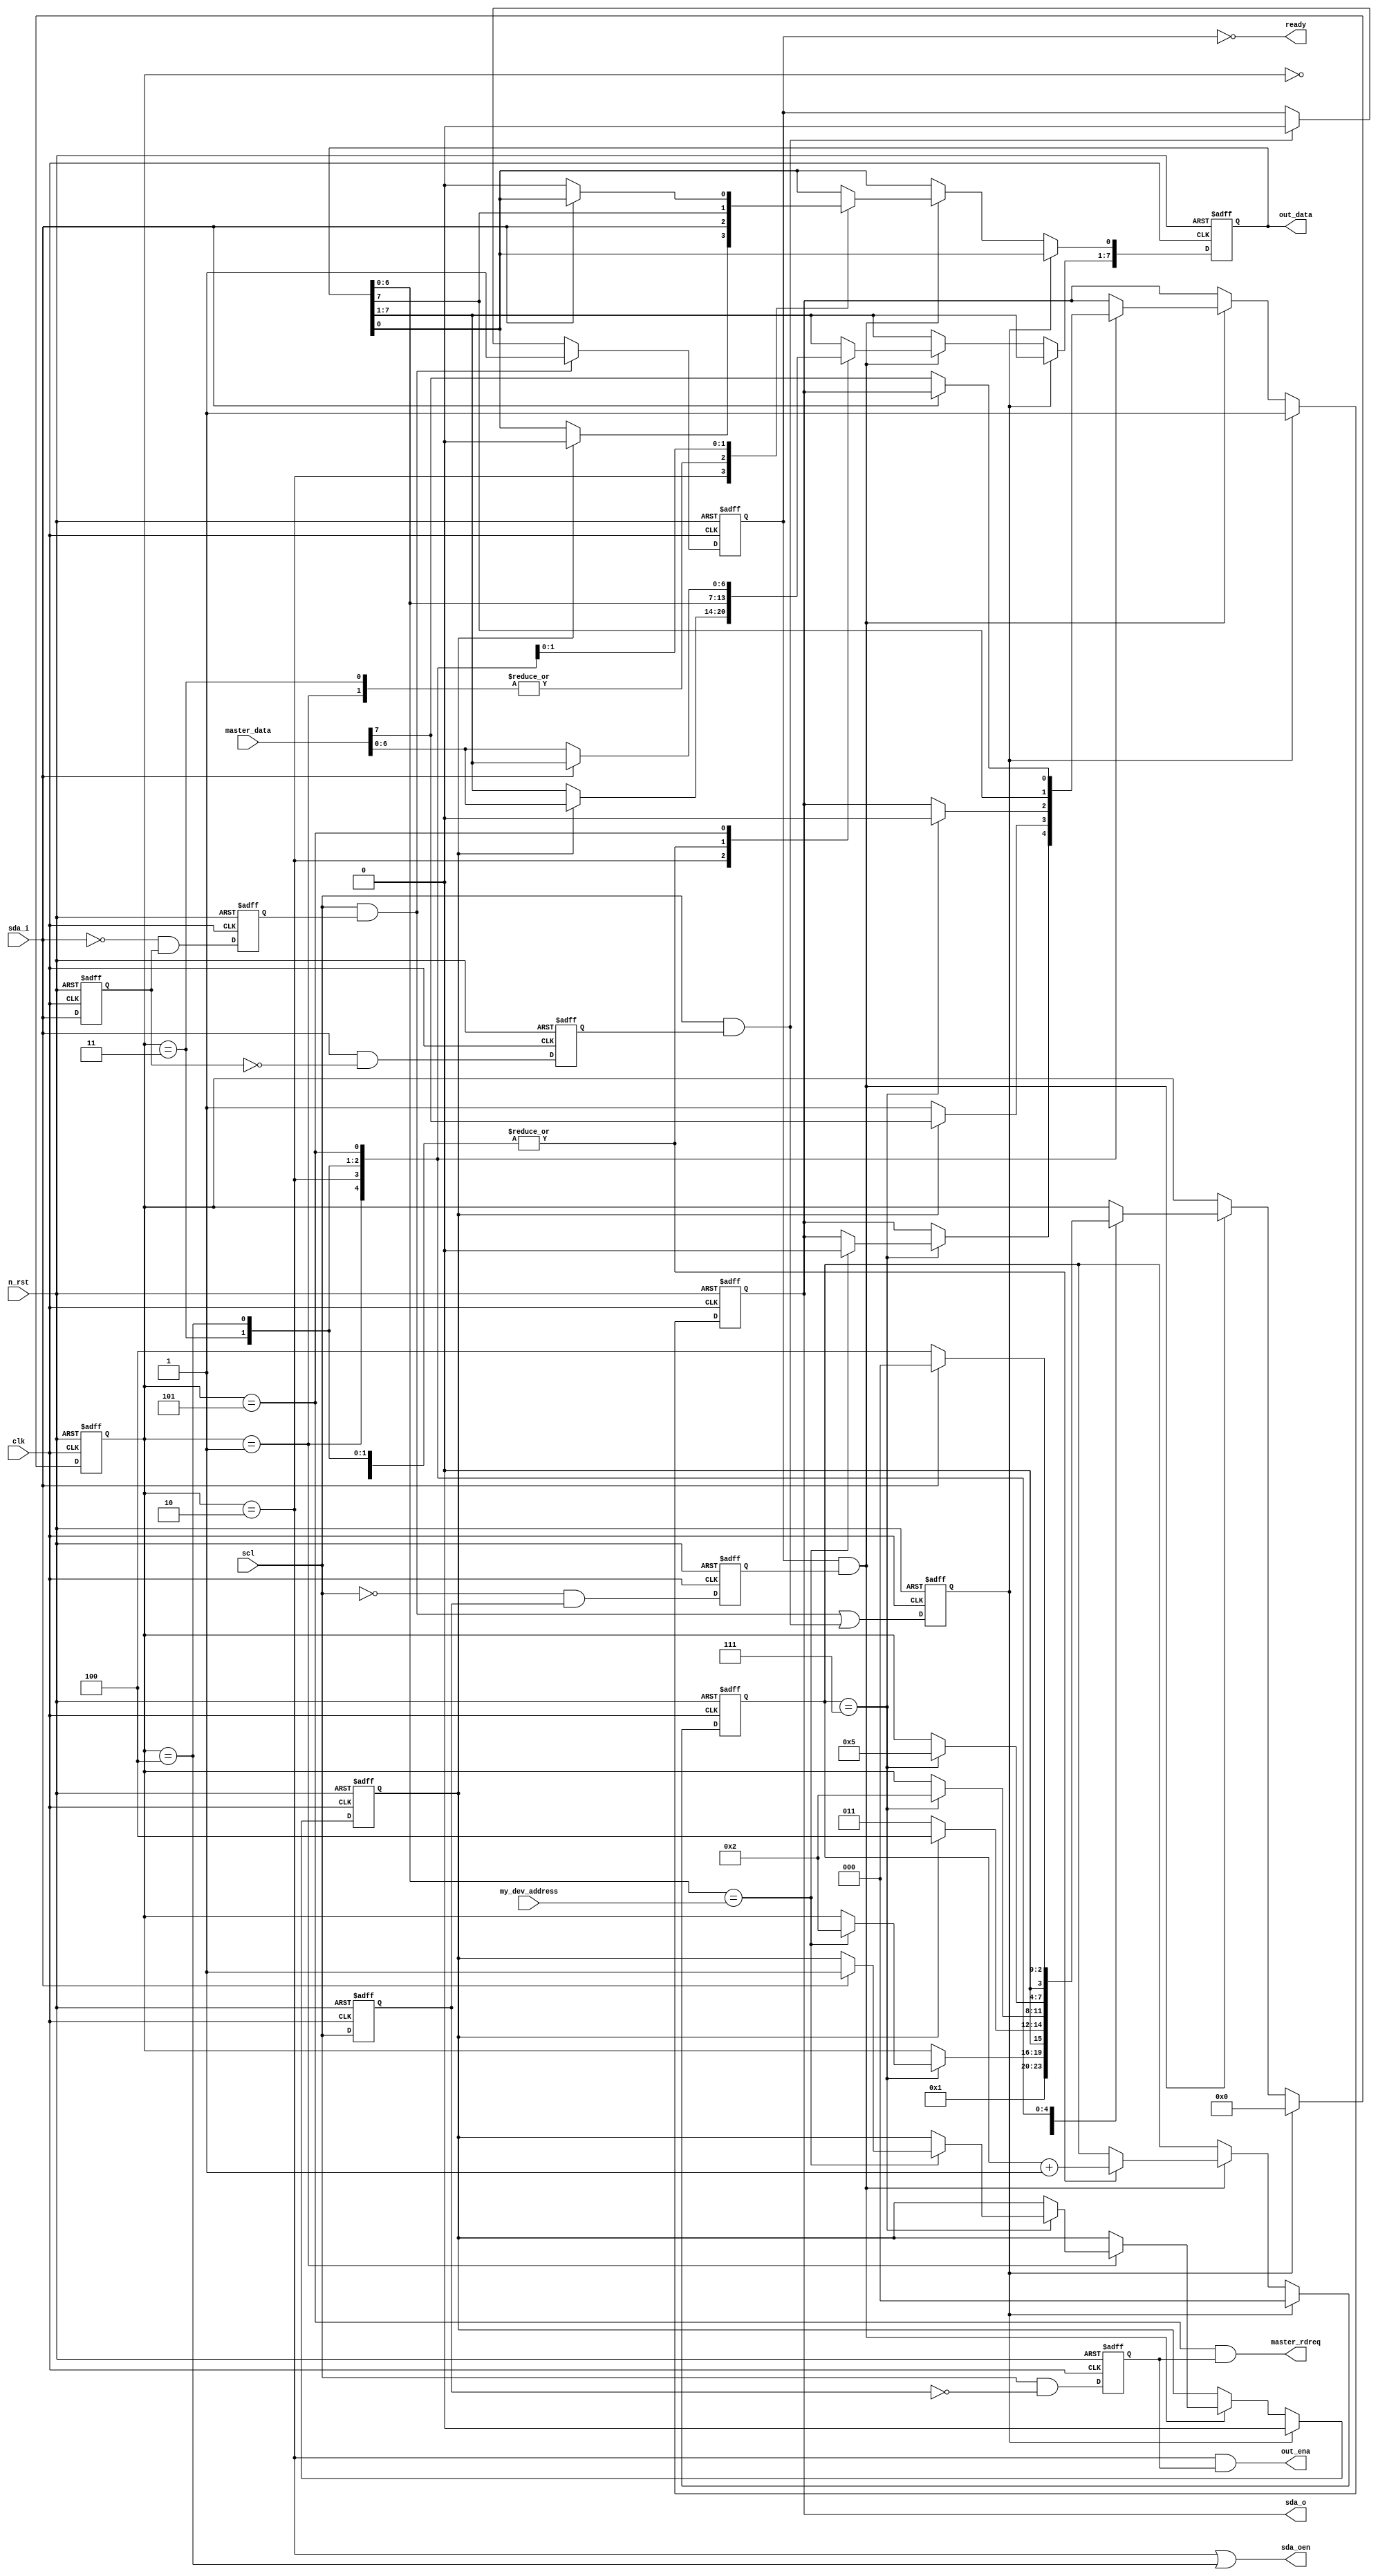
module i2c_slave_teddy (
  input clk,
  input n_rst,
  input [6:0] my_dev_address,
  input sda_i,
  output reg sda_o,
  output sda_oen,
  input scl,
  output reg [7:0] out_data,
  output out_ena,
  output ready,
  input [7:0] master_data,
  output master_rdreq
  // debug ports
  //output [3:0] my_state,
  //output my_sda_o,
  //output my_sda_oen,
  //output my_read
);
//assign my_state = state;
//assign my_sda_o = sda_o;
//assign my_sda_oen = sda_oen;
//assign my_read = read;



assign sda_oen = (state == SET_ACK) | (state == SET_DATA);
assign out_ena = (state == SET_ACK) & rising_scl;
assign ready = !transfer_in_progress;
assign master_rdreq = (state == GET_ACK) & rising_scl;





reg delayed_scl;
reg rising_scl;
reg falling_scl;
reg delayed_sda;
reg rising_sda;
reg falling_sda;

always @ (posedge clk or negedge n_rst)
  if (!n_rst)
    begin
    delayed_scl <= 1;
    delayed_sda <= 1;
    rising_scl <= 0;
    rising_sda <= 0;
    falling_scl <= 0;
    falling_sda <= 0;
    end
  else
    begin
    delayed_scl <= scl;
    rising_scl <= scl & !delayed_scl;
    falling_scl <= !scl & delayed_scl;
    delayed_sda <= sda_i;
    rising_sda <= sda_i & !delayed_sda;
    falling_sda <= !sda_i & delayed_sda;
    end

reg [3:0] state;
localparam IDLE = 0;
localparam GET_DEV_ADDR = 1;
localparam SET_ACK = 2;
localparam GET_DATA = 3;
localparam SET_DATA = 4;
localparam GET_ACK = 5;

reg [2:0] cnt;
reg transfer_in_progress;
reg sync_rst;
reg read;

always @ (posedge clk or negedge n_rst)
  if (!n_rst)
    begin
    state <= IDLE;
    cnt <= 0;
    sda_o <= 1;
    out_data <= 0;
    transfer_in_progress <= 0;
    sync_rst <= 0;
    read <= 0;
    end
  else
    begin
    if (scl & falling_sda)    // i2c start condition
      transfer_in_progress <= 1;
    else if (scl & rising_sda)  // i2c stop condition
      transfer_in_progress <= 0;
    
    sync_rst <= (scl & falling_sda) | (scl & rising_sda);
    
    
    if (sync_rst)
      begin
      cnt <= 0;
      sda_o <= 1;
      state <= IDLE;
      read <= 0;
      end
    else if (transfer_in_progress & falling_scl)
      case (state)
      IDLE:
        state <= GET_DEV_ADDR;
      GET_DEV_ADDR:
        begin
        out_data[0] <= sda_i;
        out_data[7:1] <= out_data[6:0];
        cnt <= cnt + 1'b1;
        if (cnt == 3'd7)
          begin
          if (out_data[6:0] == my_dev_address)
            begin
            state <= SET_ACK;
            sda_o <= 0;
            if (sda_i)
              read <= 1;
            end
          //else stay in this state to detect right dev addr
          end
        end
      SET_ACK:
        begin
        sda_o <= 1;
        if (read)
          begin
          state <= SET_DATA;
          out_data <= (master_data << 1);
          sda_o <= master_data[7];
          end
        else
          state <= GET_DATA;
        end
      GET_DATA:
        begin
        out_data[0] <= sda_i;
        out_data[7:1] <= out_data[6:0];
        cnt <= cnt + 1'b1;
        if (cnt == 3'd7)
          begin
          state <= SET_ACK;
          sda_o <= 0;
          end
        end
      SET_DATA:
        begin
        sda_o <= out_data[7];
        out_data[7:1] <= out_data[6:0];
        out_data[0] <= out_data[7];
        cnt <= cnt + 1'b1;
        if (cnt == 3'd7)
          state <= GET_ACK;
        end
      GET_ACK:
        begin
        if (sda_i)
          state <= IDLE;
        else
          begin
          state <= SET_DATA;
          out_data <= (master_data << 1);
          sda_o <= master_data[7];
          end
        end
      endcase
    end




endmodule